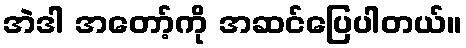
အဲဒါ အတော့်ကို အဆင်ပြေပါတယ်။